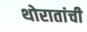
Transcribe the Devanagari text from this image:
थोरातांची